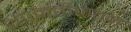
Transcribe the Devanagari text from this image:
था।नतीजतन